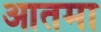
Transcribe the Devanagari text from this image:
आतमा